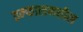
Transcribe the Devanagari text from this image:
इम्फालमधील